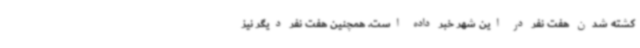
کشته شدن هفت نفر در این شهر خبر داده است. همچنین هفت نفر دیگر نیز